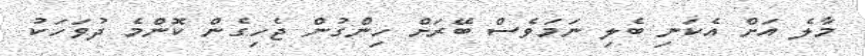
މާލެ އަށް އެކަނި ބެލި ނަމަވެސް ބޭރަށް ހިންގުން ޖެހިގެން ކޮންމެ ދުވަހަކު